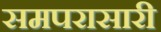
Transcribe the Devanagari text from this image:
समपरासारी